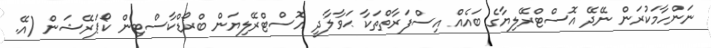
ނަންހާމަކުރަން ނޭދޭ އޮސްޓްރޭލިޔާގެ ބައެއް އިސްފަރާތްތަކާ ޙަވާލާދީ އޮސްޓްރޭލިޔަން ބްރޯޑްކާސްޓިން ކޯޕަރޭޝަން (އޭ.